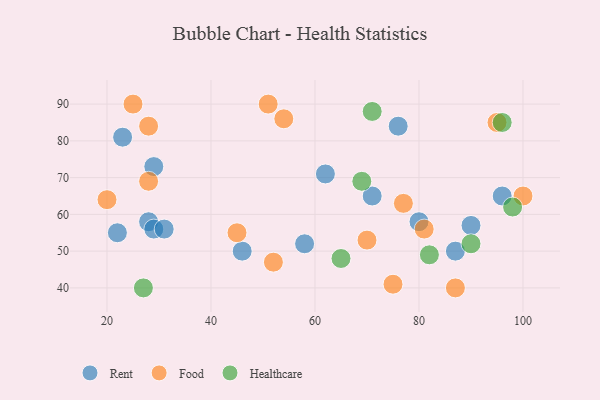
{"axis": {"x": "GDP", "y": "Life Expectancy"}, "legend": ["Food", "Healthcare", "Rent"], "data": [{"x": "23", "y": 81, "type": "Rent"}, {"x": "58", "y": 52, "type": "Rent"}, {"x": "62", "y": 71, "type": "Rent"}, {"x": "80", "y": 58, "type": "Rent"}, {"x": "76", "y": 84, "type": "Rent"}, {"x": "90", "y": 57, "type": "Rent"}, {"x": "28", "y": 58, "type": "Rent"}, {"x": "96", "y": 65, "type": "Rent"}, {"x": "29", "y": 56, "type": "Rent"}, {"x": "87", "y": 50, "type": "Rent"}, {"x": "22", "y": 55, "type": "Rent"}, {"x": "31", "y": 56, "type": "Rent"}, {"x": "29", "y": 73, "type": "Rent"}, {"x": "46", "y": 50, "type": "Rent"}, {"x": "71", "y": 65, "type": "Rent"}, {"x": "28", "y": 69, "type": "Food"}, {"x": "28", "y": 84, "type": "Food"}, {"x": "87", "y": 40, "type": "Food"}, {"x": "95", "y": 85, "type": "Food"}, {"x": "100", "y": 65, "type": "Food"}, {"x": "45", "y": 55, "type": "Food"}, {"x": "75", "y": 41, "type": "Food"}, {"x": "81", "y": 56, "type": "Food"}, {"x": "52", "y": 47, "type": "Food"}, {"x": "25", "y": 90, "type": "Food"}, {"x": "54", "y": 86, "type": "Food"}, {"x": "20", "y": 64, "type": "Food"}, {"x": "77", "y": 63, "type": "Food"}, {"x": "51", "y": 90, "type": "Food"}, {"x": "70", "y": 53, "type": "Food"}, {"x": "27", "y": 40, "type": "Healthcare"}, {"x": "82", "y": 49, "type": "Healthcare"}, {"x": "69", "y": 69, "type": "Healthcare"}, {"x": "71", "y": 88, "type": "Healthcare"}, {"x": "90", "y": 52, "type": "Healthcare"}, {"x": "98", "y": 62, "type": "Healthcare"}, {"x": "65", "y": 48, "type": "Healthcare"}, {"x": "96", "y": 85, "type": "Healthcare"}]}